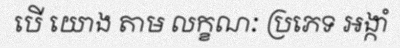
បើ យោង តាម លក្ខណៈ ប្រភេទ អង្កាំ